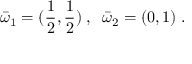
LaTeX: { \bar { \omega } } _ { 1 } = ( \frac 1 { 2 } , \frac 1 { 2 } ) \; , \; \; { \bar { \omega } } _ { 2 } = ( 0 , 1 ) \; .